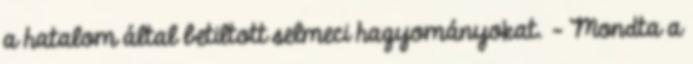
a hatalom által betiltott selmeci hagyományokat. - Mondta a